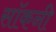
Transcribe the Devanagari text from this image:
सॉकनी